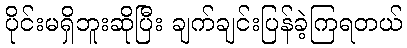
ပိုင်းမရှိဘူးဆိုပြီး ချက်ချင်းပြန်ခဲ့ကြရတယ်